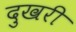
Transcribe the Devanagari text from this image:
दुखरी